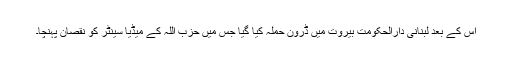
اس کے بعد لبنانی دارالحکومت بیروت میں ڈرون حملہ کیا گیا جس میں حزب اللہ کے میڈیا سینٹر کو نقصان پہنچا۔